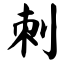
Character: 刺